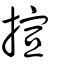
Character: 揎